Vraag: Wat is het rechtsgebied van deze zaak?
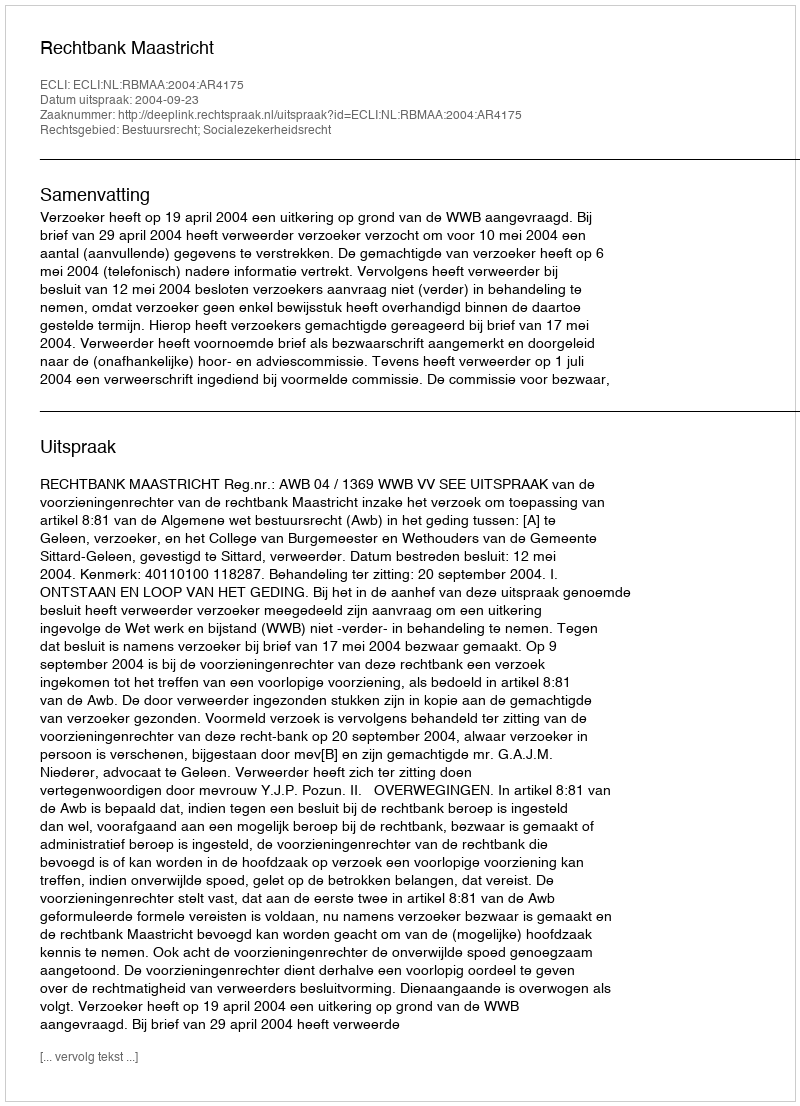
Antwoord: Bestuursrecht; Socialezekerheidsrecht